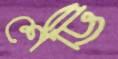
শেট্টি